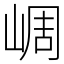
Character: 㟘